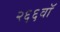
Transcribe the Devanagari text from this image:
२६६वॉ